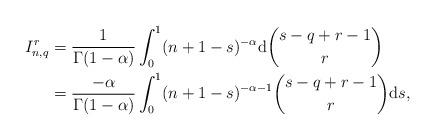
LaTeX: \begin{align*}I_{n,q}^{r}&=\frac{1}{\Gamma(1-\alpha)}\int_{0}^{1}(n+1-s)^{-\alpha}\mathrm{d}\binom{s-q+r-1}{r} \\ &=\frac{-\alpha}{\Gamma(1-\alpha)}\int_{0}^{1}(n+1-s)^{-\alpha-1}\binom{s-q+r-1}{r}\mathrm{d}s,\end{align*}